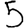
Digit: 5